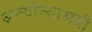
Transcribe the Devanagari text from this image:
अन्योन्याश्रयी